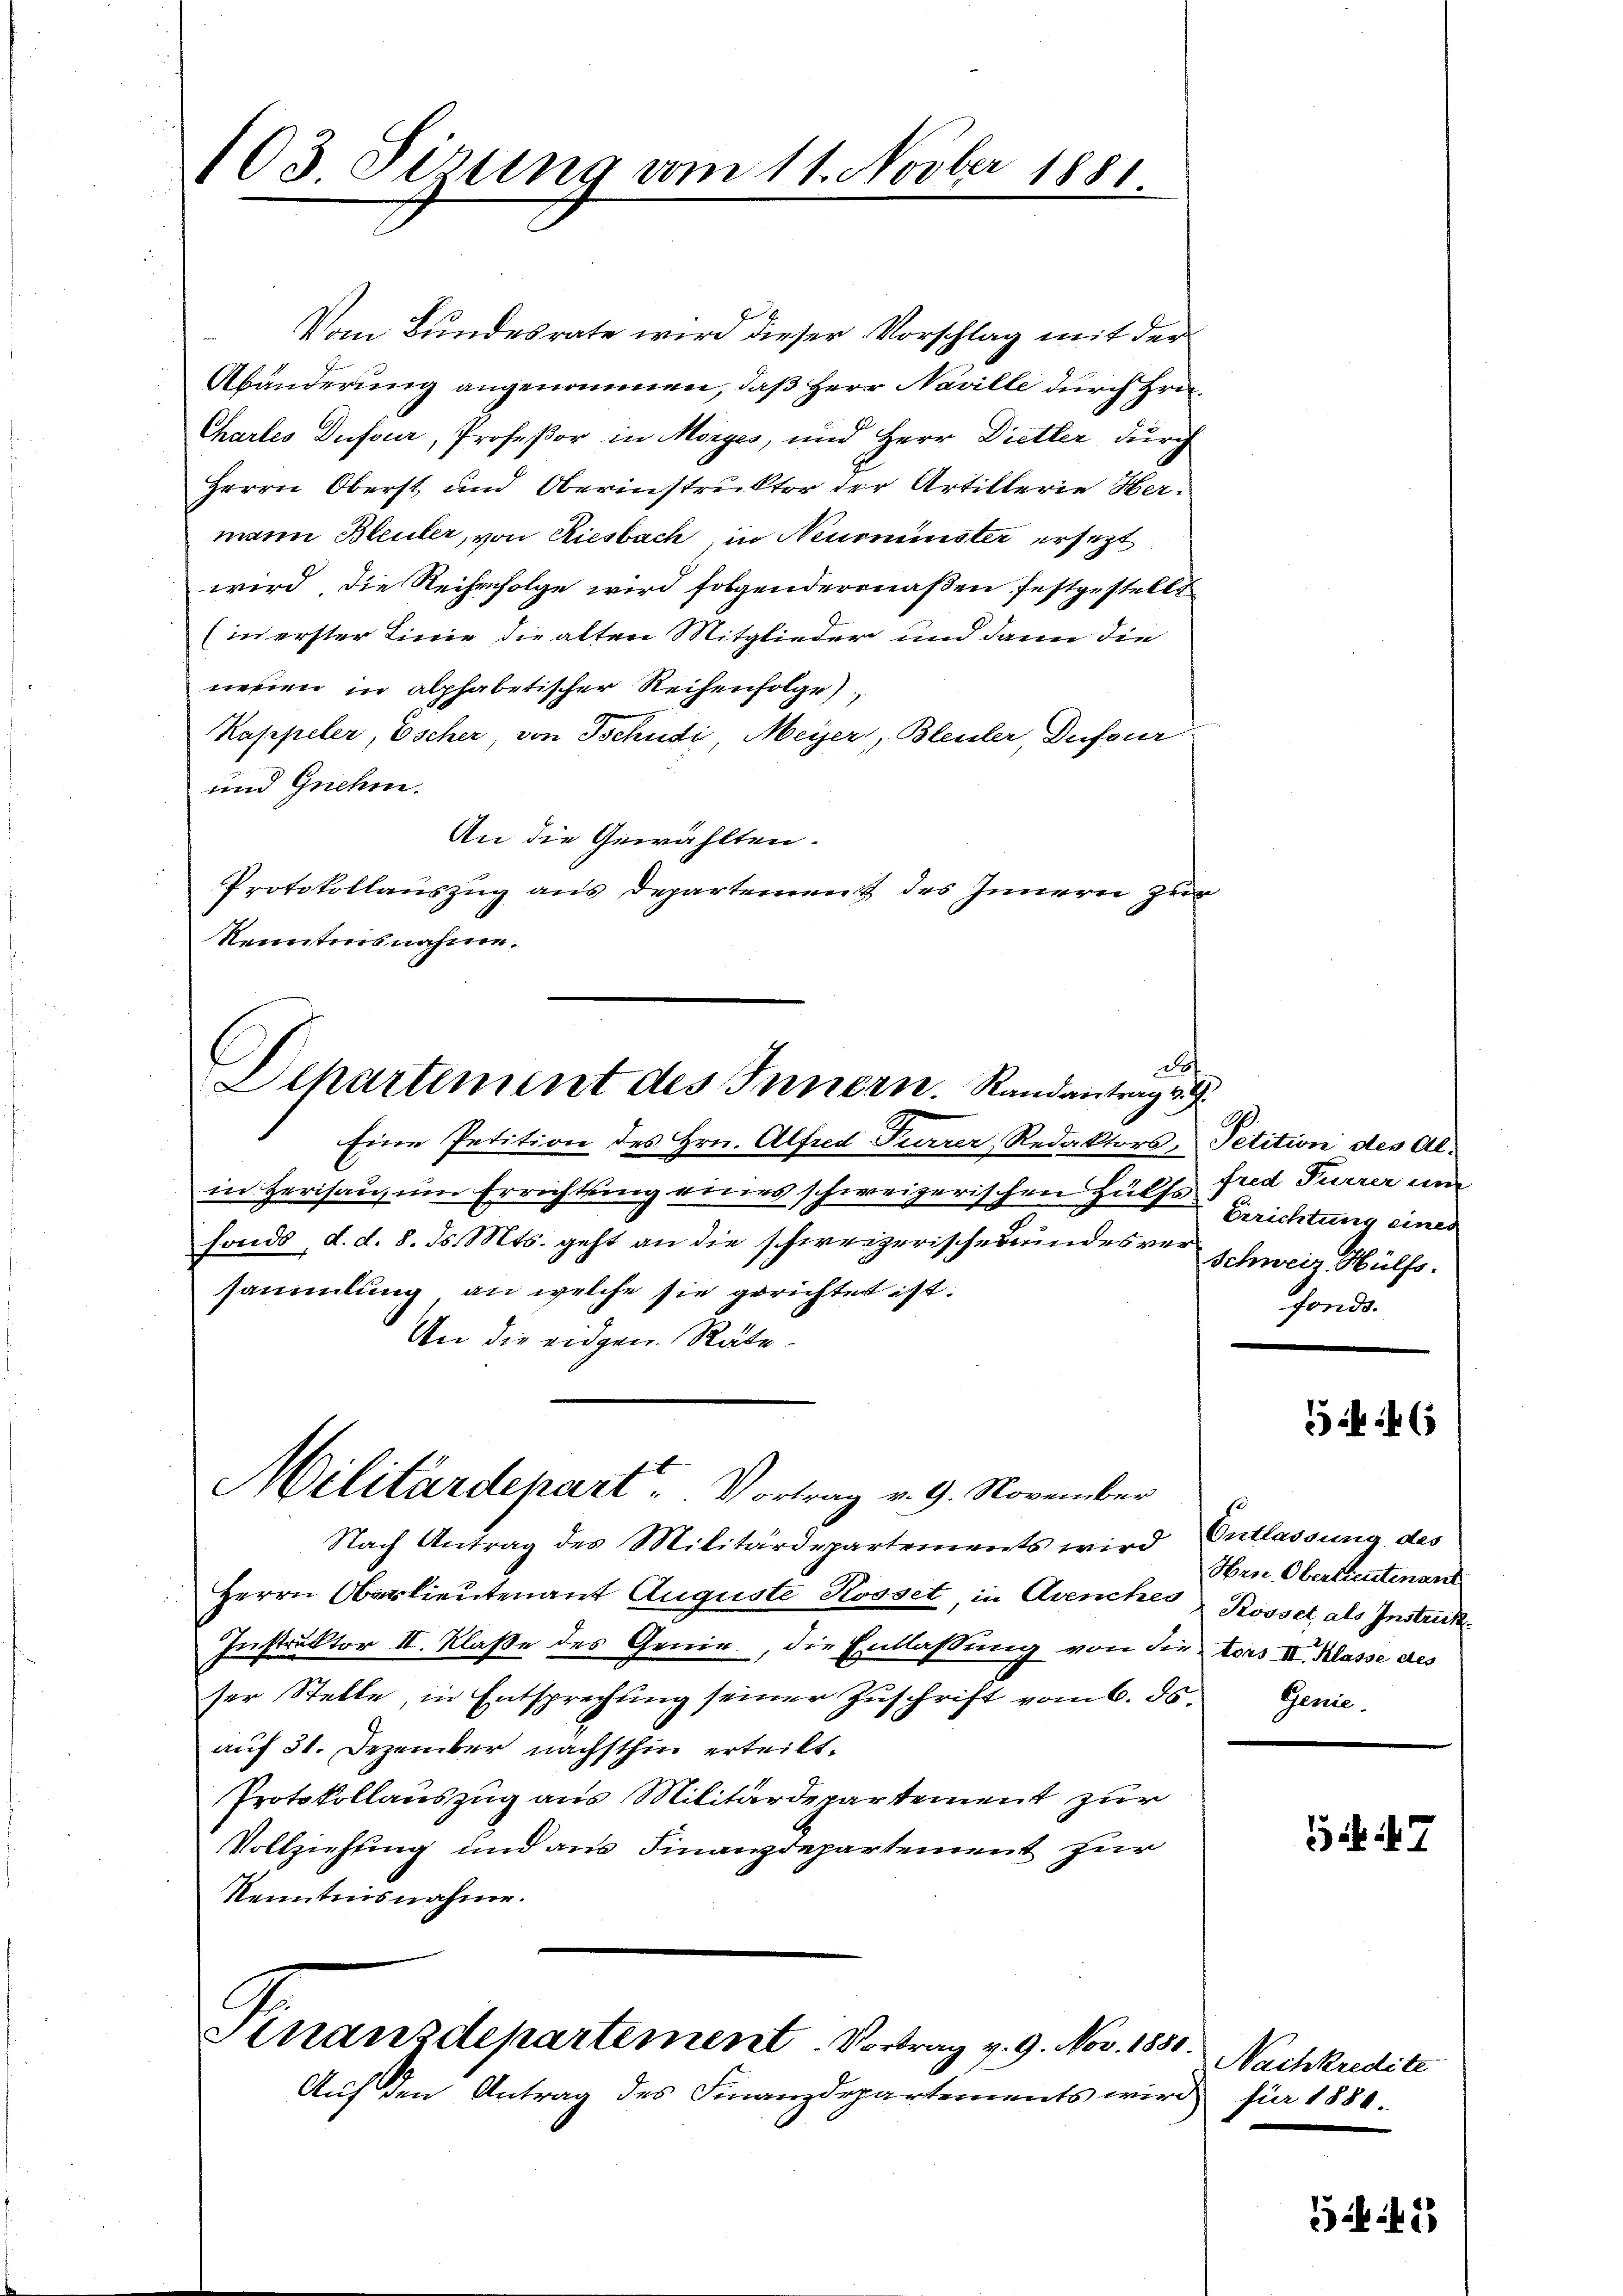
103. Sirung vom 11. Novber 1881

Vom Bundesrate wird dieser Vorschlag mit der
Abänderung angenommen, daß Herr Naville durch Hrn.
Chartes Dufour, Profeßor in Morges, und Herr Dietler durch
Herrn Oberst und Oberinstruktor der Artillerie Hermann Bleuler, von Riesbach, in Neusminister ersezt
wird, die Reihenfolge wird folgenderenaßen festgestellt
(in erster Linie sie alten Mitglieder und dann die
neuen in alphabetischer Reihenfolge
Kappeler, Escher, von Tschudi, Meyer, Bleuler, Dufour
und Gnehm.
An die Gewählten.
Protokollauszug aus Departement des Innern zur
kenntnisnahme.

t
Dchartement des Innern. Randantrag v. 9.

Militärdepart. Vortrag v. 9. November

Eine Petition des Hrn. Alfred Furrer, Redaktors, Petition des Alin Herisau, um Errichtung eines schweizerischen Hülfs fred Furrer um
fonds, d. d. 8. ds. Mts. geht an die schweizerischerundes vor Schweiz. Hülfssammlung an welche sie gerichtet ist.
An die eidgen. Räte.
Nach Antrag des Militärdepartements wird Entlassung des
Herrn Oberlieutenant Auguste Rosset, in Avenches Rosset, als Instruck
Instruktor II. Klaße des Genie, die Entlassung von die tors III. Klasse des
ser Stelle, in Entsprechŭng seiner Zŭschrift vom 6. ds. Genie.
auf 31. Dezember nächsthin erteilt.
Protokollauszug aus Militärdepartement zur
Vollziehung und aus Finanzdepartement zur
Kenntnisnahme.
Stnanzdepartement. Vortrag v. 9. Nov. 1850.
Auf den Antrag des Finanzdepartements wird für 1880.

A.
Errichtung einer
fonds.

4

Hrn. Oberlieutenant

7

Nachkredite

45